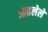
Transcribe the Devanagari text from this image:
आढलेले